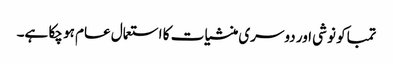
تمباکو نوشی اور دوسری منشیات کا استعمال عام ہو چکا ہے۔